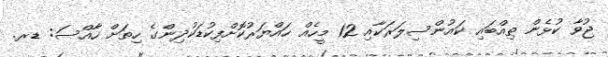
ޖުވާ ކުޅެން ތިއްބައި ކައުންސިލަރަކާއި 12 މީހެއް ހައްޔަރުކޮށްފިކުޑަކުދިންގެ ހިތަށް ހާއްސަ: ޑރ.